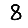
Digit: 8